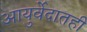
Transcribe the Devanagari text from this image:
आयुर्वेदातही